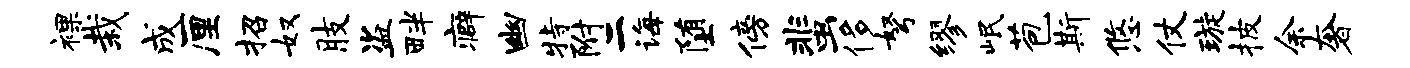
裸栽成厘招奴肢盗畔癖幽特附二诲堕傍蜚侈弩缪岷苞斯悠仗璇披余奢